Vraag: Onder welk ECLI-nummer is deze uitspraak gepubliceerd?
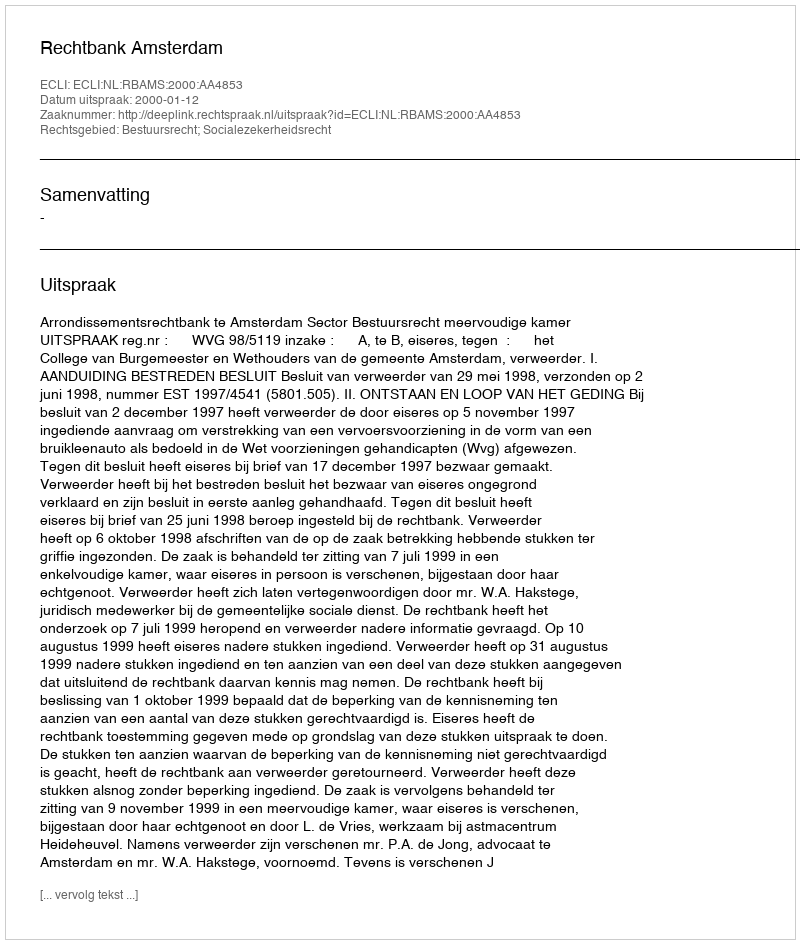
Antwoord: ECLI:NL:RBAMS:2000:AA4853